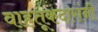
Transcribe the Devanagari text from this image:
वाहतूकदारांनी